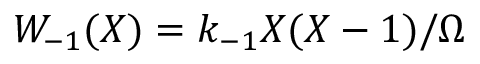
W _ { - 1 } ( X ) = k _ { - 1 } X ( X - 1 ) / \Omega